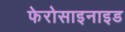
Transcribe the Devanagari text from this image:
फेरोसाइनाइड